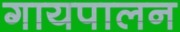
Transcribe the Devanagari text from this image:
गायपालन